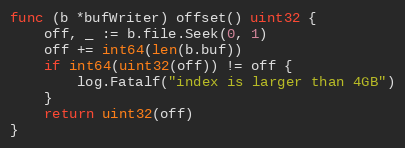
Language: Go
func (b *bufWriter) offset() uint32 {
	off, _ := b.file.Seek(0, 1)
	off += int64(len(b.buf))
	if int64(uint32(off)) != off {
		log.Fatalf("index is larger than 4GB")
	}
	return uint32(off)
}